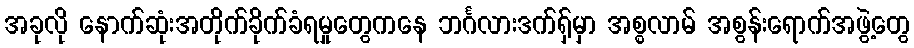
အခုလို နောက်ဆုံးအတိုက်ခိုက်ခံရမှုတွေကနေ ဘင်္ဂလားဒက်ရှ်မှာ အစ္စလာမ် အစွန်းရောက်အဖွဲ့တွေ